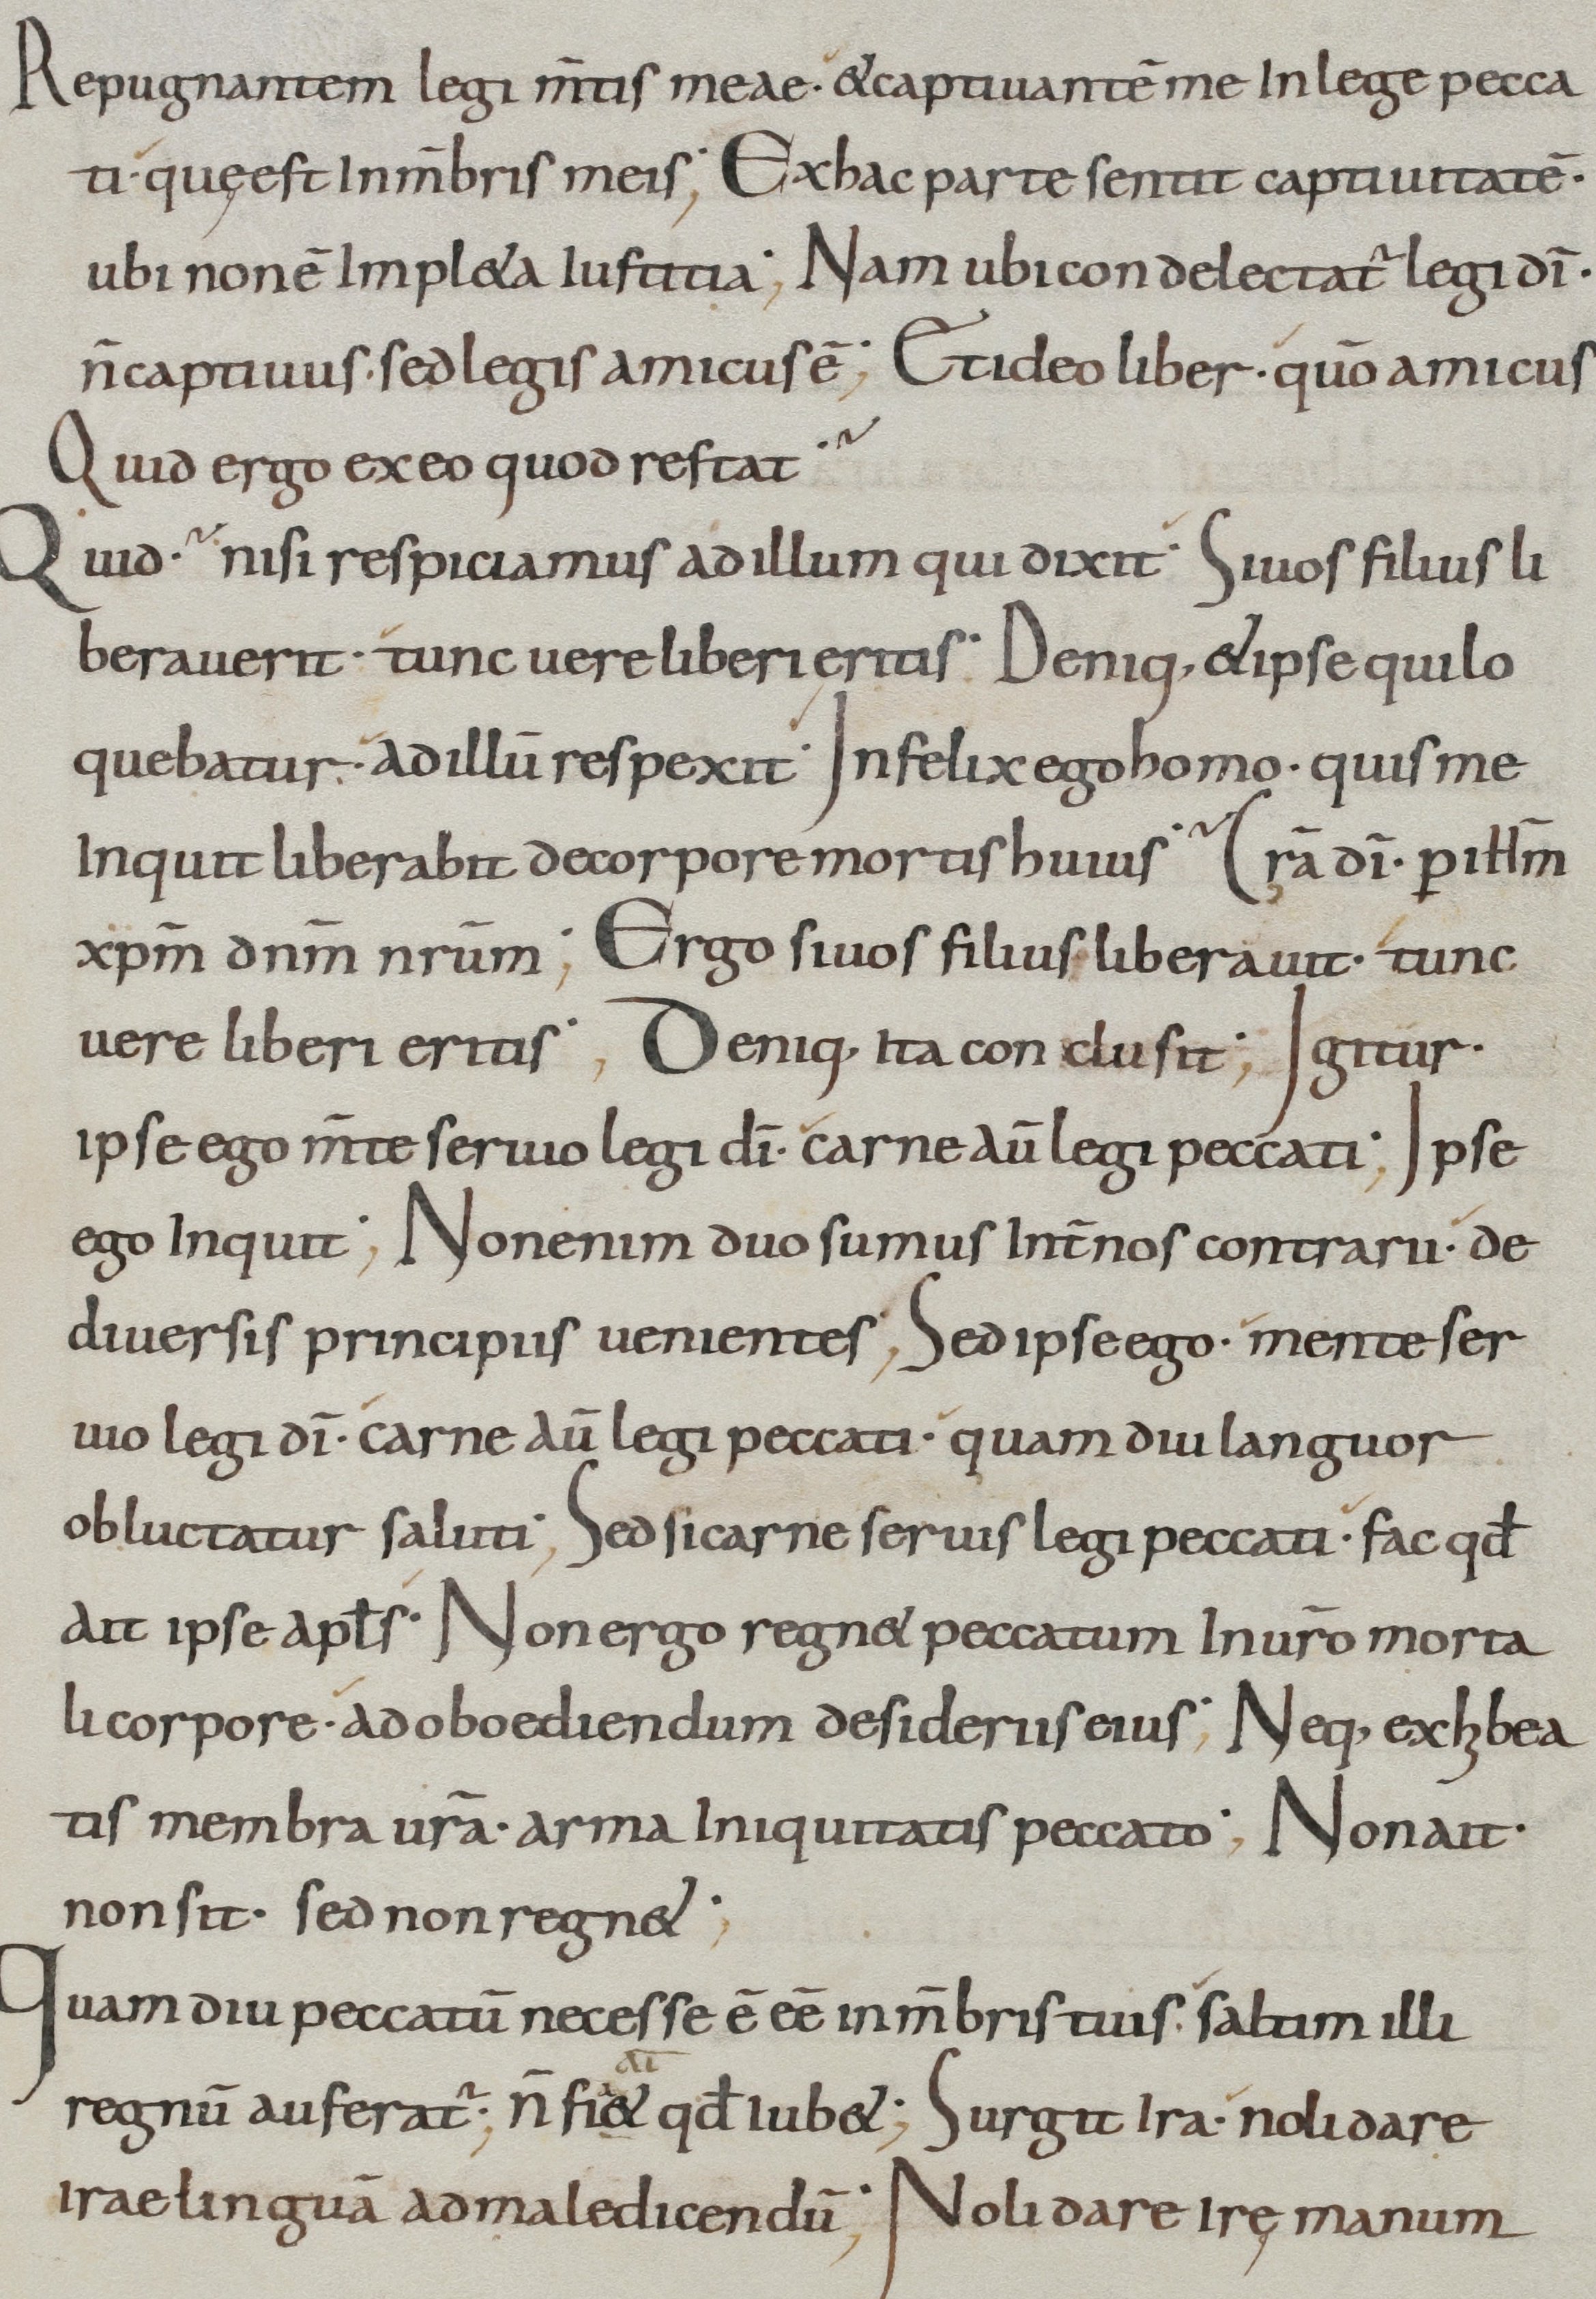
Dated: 800–899